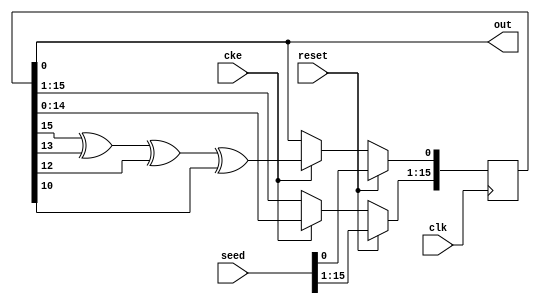
// ---------------------------------------------------------------------------
//  Jelly  -- The platform for real-time computing
//
//                                 Copyright (C) 2008-2020 by Ryuji Fuchikami
//                                 https://github.com/ryuz/jelly.git
// ---------------------------------------------------------------------------



`timescale 1ns / 1ps
`default_nettype none



// random generator
module jelly_rand_gen
        (
            input   wire            reset,
            input   wire            clk,
            input   wire            cke,
            
            input   wire    [15:0]  seed,
            output  wire            out
        );
    
    reg     [15:0]  lfsr;
    
    always @(posedge clk) begin
        if ( reset ) begin
            lfsr <= seed;
        end
        else if ( cke ) begin
            lfsr[15:1] <= lfsr[14:0];
            lfsr[0]    <= lfsr[15] ^ lfsr[13] ^ lfsr[12] ^ lfsr[10];
        end
    end
    
    assign out = lfsr[0];
    
endmodule


`default_nettype wire


// end of file